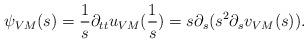
LaTeX: \begin{align*}\psi_{VM}(s) = \frac{1}s \partial_{tt} u_{VM}(\frac{1}s) = s \partial_s (s^2 \partial_s v_{VM}(s)).\end{align*}